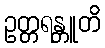
ဥတ္တရန္တူတိ